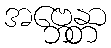
အဗ္ဘေန္တာ